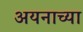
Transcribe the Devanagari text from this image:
अयनाच्या